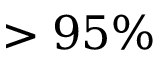
> 9 5 \%